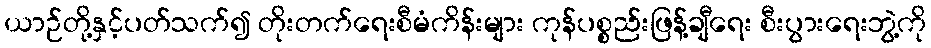
ယာဉ်တို့နှင့်ပတ်သက်၍ တိုးတက်ရေးစီမံကိန်းများ ကုန်ပစ္စည်းဖြန့်ချီရေး စီးပွားရေးဘွဲ့ကို